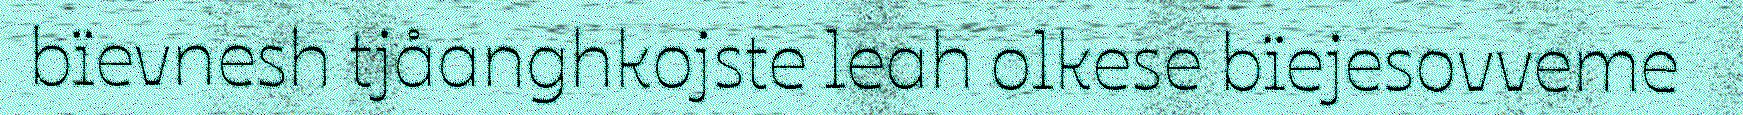
bïevnesh tjåanghkojste leah olkese bïejesovveme